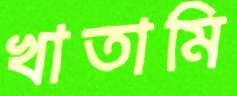
খাতামি